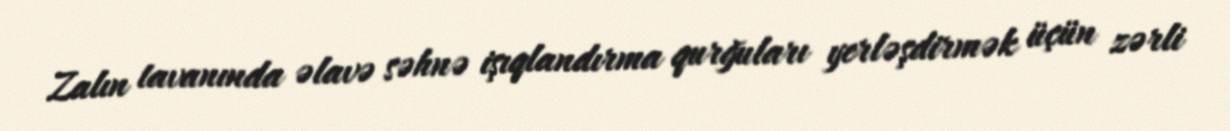
Zalın tavanında əlavə səhnə işıqlandırma qurğuları yerləşdirmək üçün zərli